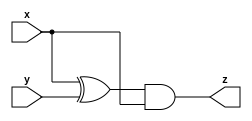
module top_module (input x, input y, output reg z);

always @(*)begin
    z = (x^y)&x;


end
endmodule